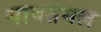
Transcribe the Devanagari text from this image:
यावतमल